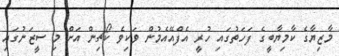
މާޒިޔާގެ ކާމިޔާބީގެ ފަހަތުގައި ހުރީ އެފްއޭއެމުން ވަކިވެ ކޯޗިން އަށް މި ސީޒަނުގައި